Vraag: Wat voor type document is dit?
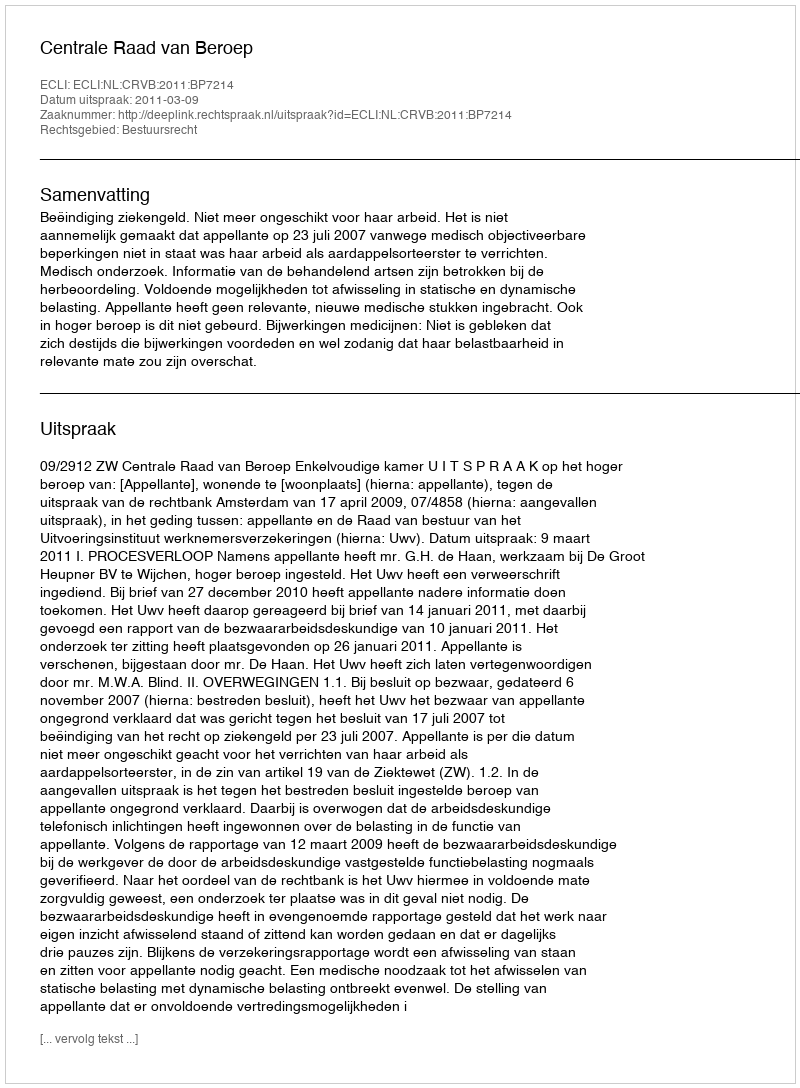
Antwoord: Uitspraak